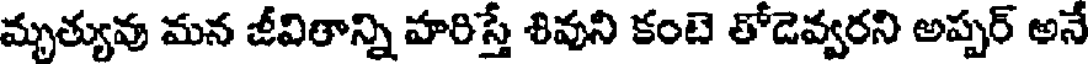
మృత్యువు మన జీవితాన్ని హరిస్తే శివుని కంటె తోడెవ్వరని అప్పర్ అనే